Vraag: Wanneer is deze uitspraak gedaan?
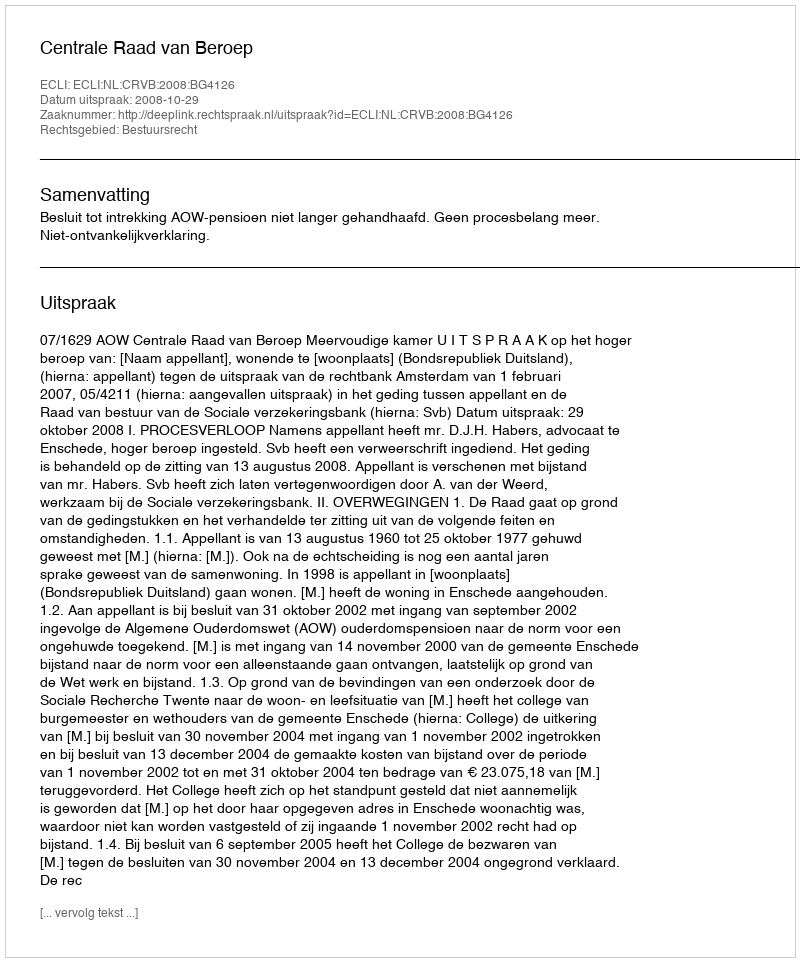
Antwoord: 2008-10-29